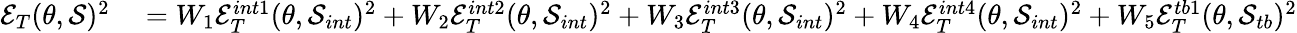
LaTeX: \begin{array}{rl}{\mathcal{E}_{T}(\theta,\mathcal{S})^{2}}&{{}=W_{1}\mathcal{E}_{T}^{int1}(\theta,\mathcal{S}_{int})^{2}+W_{2}\mathcal{E}_{T}^{int2}(\theta,\mathcal{S}_{int})^{2}+W_{3}\mathcal{E}_{T}^{int3}(\theta,\mathcal{S}_{int})^{2}+W_{4}\mathcal{E}_{T}^{int4}(\theta,\mathcal{S}_{int})^{2}+W_{5}\mathcal{E}_{T}^{tb1}(\theta,\mathcal{S}_{tb})^{2}}\end{array}